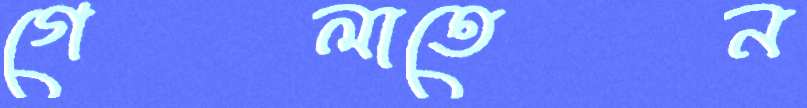
গেলাতেন